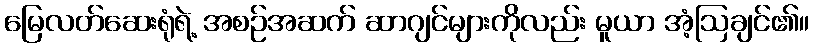
မြေလတ်ဆေးရုံရဲ့ အစဉ်အဆက် ဆာဂျင်များကိုလည်း မူယာ အံ့ဩချင်၏။